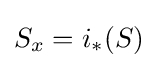
S_{x}=i_{*}(S)